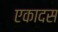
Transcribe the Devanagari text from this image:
एकादस